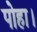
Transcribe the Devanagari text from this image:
पोहा।